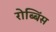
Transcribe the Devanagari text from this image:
रोब्बिंस